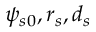
\psi _ { s 0 } , r _ { s } , d _ { s }